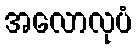
အလောလုပံ